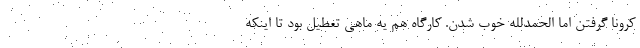
کرونا گرفتن اما الحمدلله خوب شدن. کارگاه هم یه ماهی تعطیل بود تا اینکه